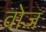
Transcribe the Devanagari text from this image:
वोज